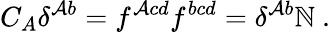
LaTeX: C_{A}\delta^{\mathcal{A}b}=f^{\mathcal{A}cd}f^{bcd}=\delta^{\mathcal{A}b}\mathbb{N}\ .